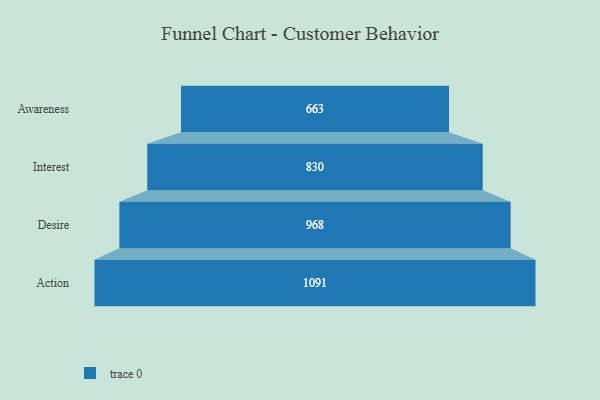
{"axis": {"x": "Stage", "y": "Value"}, "legend": [""], "data": [{"x": "Awareness", "y": 663.0, "type": ""}, {"x": "Interest", "y": 830.0, "type": ""}, {"x": "Desire", "y": 968.0, "type": ""}, {"x": "Action", "y": 1091.0, "type": ""}]}